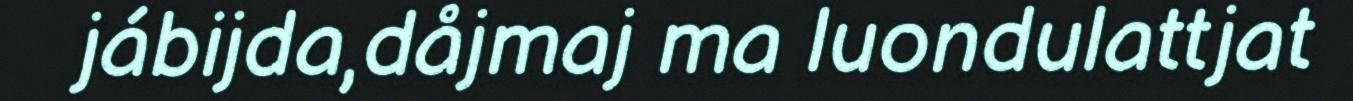
jábijda,dåjmaj ma luondulattjat